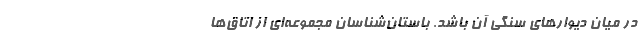
در میان دیوارهای سنگی آ‌ن باشد. باستان‌شناسان مجموعه‌ای از اتاق‌ها